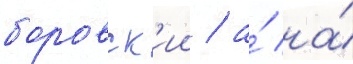
боровск'ии / а́ на́